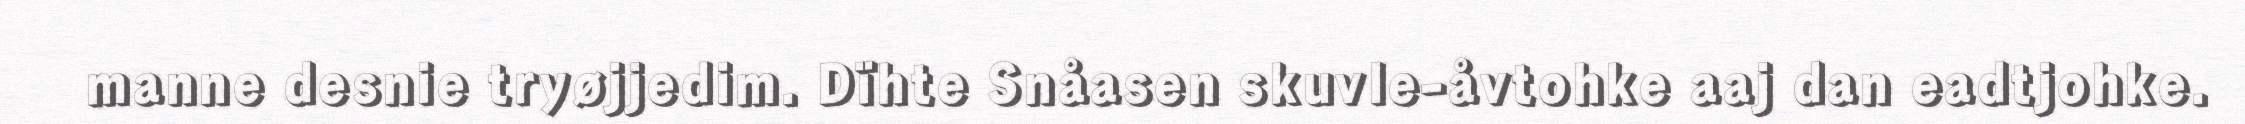
manne desnie tryøjjedim. Dïhte Snåasen skuvle-åvtohke aaj dan eadtjohke.